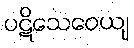
ပဋိသေဝေယျ